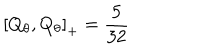
LaTeX: \left[ Q _ { \theta } , Q _ { \theta } \right] _ { + } = \frac { 5 } { 3 2 }